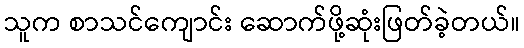
သူက စာသင်ကျောင်း ဆောက်ဖို့ဆုံးဖြတ်ခဲ့တယ်။